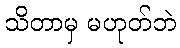
သိတာမှ မဟုတ်ဘဲ